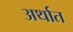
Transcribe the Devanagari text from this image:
अर्थात